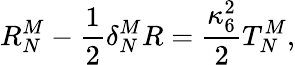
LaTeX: R_{N}^{M}-\frac{1}{2}\delta_{N}^{M}R=\frac{\kappa_{6}^{2}}{2}T_{N}^{M},